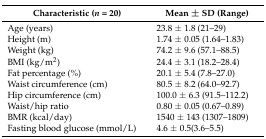
| Characteristic (n = 20) | Mean ± SD (Range) |
 | --- | --- |
 | Age (years) | 23.8 ± 1.8 (21–29) |
 | Height (m) | 1.74 ± 0.05 (1.64–1.83) |
 | Weight (kg) | 74.2 ± 9.6 (57.1–88.5) |
 | BMI (kg/m2) | 24.4 ± 3.1 (18.2–28.4) |
 | Fat percentage (%) | 20.1 ± 5.4 (7.8–27.0) |
 | Waist circumference (cm) | 80.5 ± 8.2 (64.0–92.7) |
 | Hip circumference (cm) | 100.0 ± 6.3 (91.5–112.2) |
 | Waist/hip ratio | 0.80 ± 0.05 (0.67–0.89) |
 | BMR (kcal/day) | 1540 ± 143 (1307–1809) |
 | Fasting blood glucose (mmol/L) | 4.6 ± 0.5(3.6–5.5) |